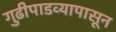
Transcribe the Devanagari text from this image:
गुढीपाडव्यापासून